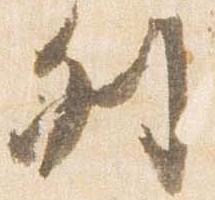
列